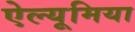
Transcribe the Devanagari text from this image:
ऐल्यूमिया